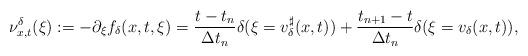
LaTeX: \begin{align*}\nu^\delta_{x,t}(\xi):=-\partial_\xi f_\delta(x,t,\xi)=\frac{t-t_n}{\Delta t_n}\delta(\xi=v^\sharp_\delta(x,t))+\frac{t_{n+1}-t}{\Delta t_n}\delta(\xi=v_\delta(x,t)),\end{align*}